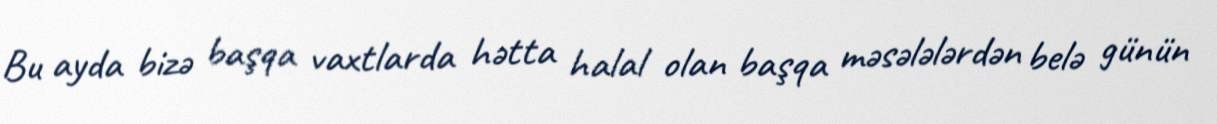
Bu ayda bizə başqa vaxtlarda hətta halal olan başqa məsələlərdən belə günün